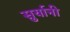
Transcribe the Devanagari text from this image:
सुर्यानी